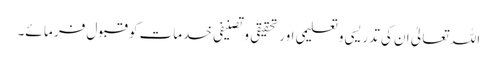
اللہ تعالیٰ ان کی تدریسی وتعلیمی اور تحقیقی وتصنیفی خدمات کو قبول فر ما ئے۔